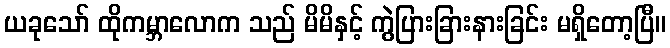
ယခုသော် ထိုကမ္ဘာလောက သည် မိမိနှင့် ကွဲပြားခြားနားခြင်း မရှိတော့ပြီ။